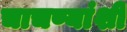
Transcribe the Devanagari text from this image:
चाचण्यांशी